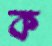
ক